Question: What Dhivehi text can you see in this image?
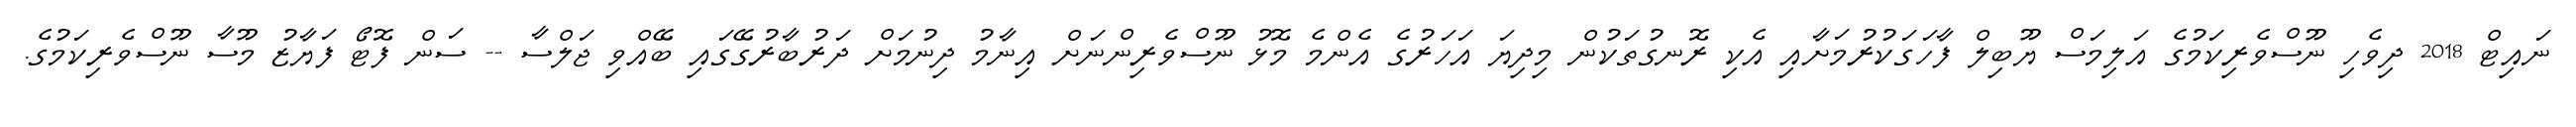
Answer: ނައިޓް 2018 ދިވެހި ނޫސްވެރިކަމުގެ އަލިމަސް ޔޫބިލް ފާހަގަކުރުމަށާއި އެކި ރޮނގުތަކުން މިދިޔަ އަހަރުގެ އެންމެ މޮޅު ނޫސްވެރިންނަށް އިނާމު ދިނުމަށް ދަރުބާރުގޭގައި ބޭއްވި ޖަލްސާ -- ސަން ފޮޓޯ ފަޔާޒު މޫސާ ނޫސްވެރިކަމުގެ.